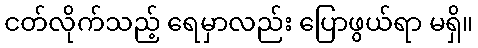
ငတ်လိုက်သည့် ရေမှာလည်း ပြောဖွယ်ရာ မရှိ။